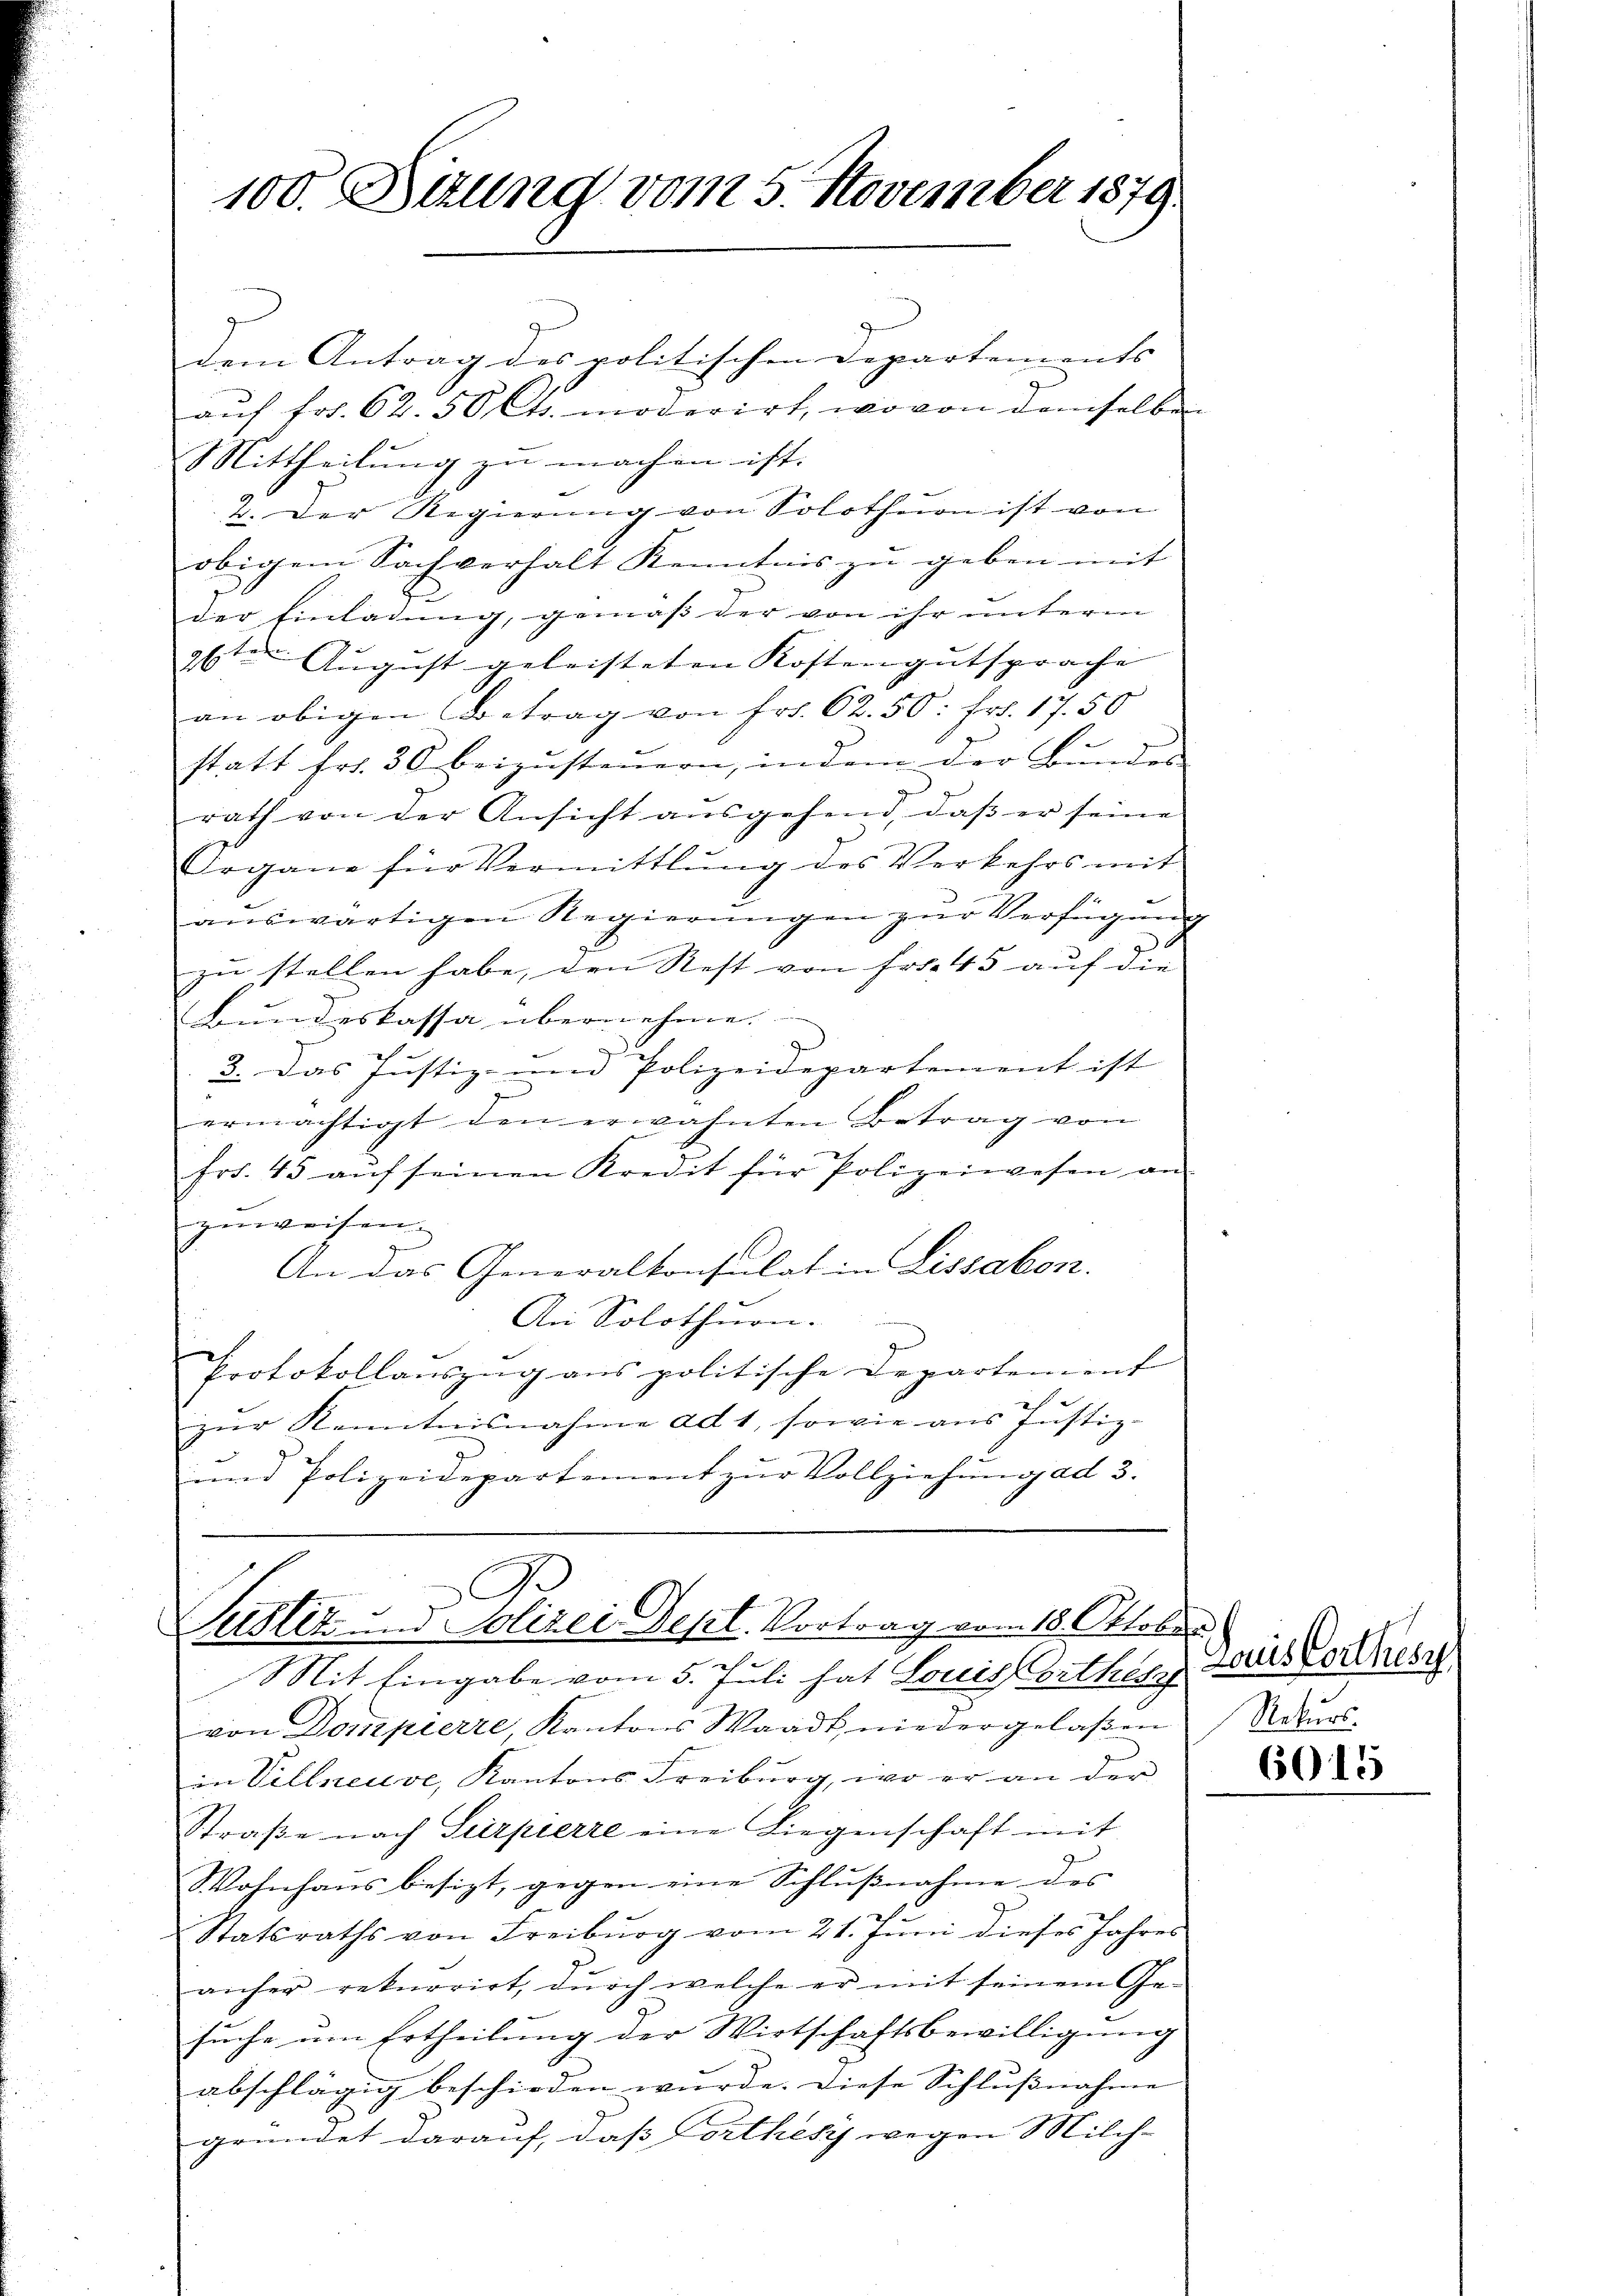
100. Sizung vom 5. November 1879

dem Antrag des politischen Departements |
aŭf fr. 62. 50 Cts. moderirt, wovon demselben
Mittheilung zu machen ist.
2. Der Regierŭng von Solothurn ist von
obigem Sachverhalt Kenntnis zŭ geben mit
der Einladung, gemäß der von ihr unterm
gte. August geleisteten Kostengutsprache
an obigen Betrag von Fr. 62. 50. Fr. 17. 50
statt fr. 50 beizusteuern, in dem der Bundes
rath von der Ansicht ausgehend, daβ er seine
Irgane für Vermittlung des Verkehrs mit
aŭswärtigen Regierungen zur Verfügung
zu stellen habe, den Rest von Fr. 45 auf die
Bundeskassa übernehme.
g
3. Das Justiz- und Polizeidepartement ist
ermächtigt den erwähnten Betrag von
fr. 45 aŭf seinen Kredit für Polizeiwesen an
gerweisen
An das Generalkonsulat in Lissabon.
An Solothurn.
Protokollauszug aus politische Departement
zur Kenntnisnahme ad 1, sowie aus Justiz-
und Polizeidepartement zŭr Vollziehŭng ad 3.

Justiz und Polizei Sept. Vortrag vom 18. Oktober
Mit Eingabe vom 5. Juli hat Louis orthes

von Dompierre, Kantons Waadt niedergelaßen Rekurs
in Villneuve, Kantons Freiburg, wo er an der
Straβe nach Surpierre eine Liegenschaft mit
Wohnhaus besizt, gegen eine Schlußnahme des
Statsraths von Freiburg vom 21. Juni dieses Jahres
anher rekurrirt, durch welche er mit seinem Ge-
suche am Ertheilung der Wirtschaftsbewilligung
abschlägig beschieden wurde. Diese Schlußnahme
gründet darauf, daß Porthesy wegen Milch-

Louis Corthes

6015